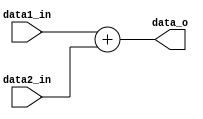
module  ADD(
    data1_in,
    data2_in,
    data_o
);

input   [31:0]  data1_in;
input	[31:0]	data2_in;
output  [31:0]  data_o;
assign  data_o = data1_in + data2_in;

endmodule